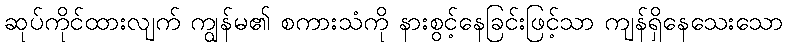
ဆုပ်ကိုင်ထားလျက် ကျွန်မ၏ စကားသံကို နားစွင့်နေခြင်းဖြင့်သာ ကျန်ရှိနေသေးသော